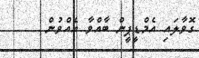
ގޮވާލައި އެމްޑީޕީން ބާއްވާ އެއްވުން